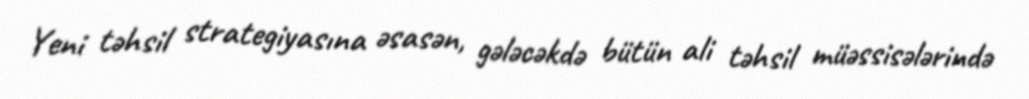
Yeni təhsil strategiyasına əsasən, gələcəkdə bütün ali təhsil müəssisələrində